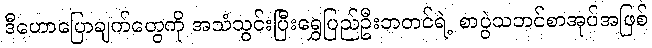
ဒီဟောပြောချက်တွေကို အသံသွင်းပြီးရွှေပြည်ဦးဘတင်ရဲ့ စာပွဲသဘင်စာအုပ်အဖြစ်